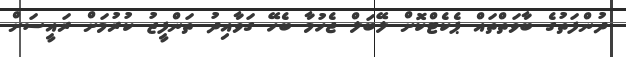
ދުންފަތުގެ ބާވަތްތައް ޕެކެޓްކޮށް ލޭބަލް ޖެހުމާ ބެހޭ ގަވާއިދު ތަންފީޒު ކުރުމަށް ރައީސަށް